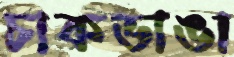
চাকভাঙা